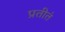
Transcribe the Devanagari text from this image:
प्रतीतं